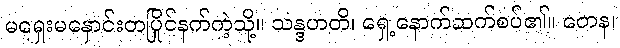
မရှေးမနှောင်းတပြိုင်နက်ကဲ့သို့။ သန္ဒဟတိ၊ ရှေ့နောက်ဆက်စပ်၏။ တေန၊